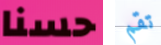
حسنا تقم